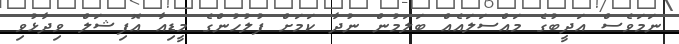
ނަމަވެސް އަދީބުގެ މައްސަލައެއް ބަލަމުން ނުދާ ކަމަށް ފުލުހުންގެ މީޑިއާ އޮފިޝަލް ވިދާޅުވި